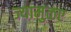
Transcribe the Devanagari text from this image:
ज्यामुळए